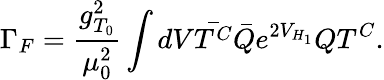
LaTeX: \Gamma_{F}=\frac{g_{T_{0}}^{2}}{\mu_{0}^{2}}\int dV\bar{T^{C}}\bar{Q}e^{2V_{H_{1}}}QT^{C}.